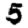
Digit: 5